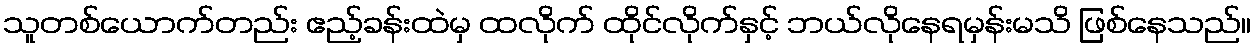
သူတစ်ယောက်တည်း ဧည့်ခန်းထဲမှ ထလိုက် ထိုင်လိုက်နှင့် ဘယ်လိုနေရမှန်းမသိ ဖြစ်နေသည်။